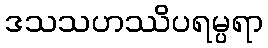
ဒသသဟဿိပရမ္ပရာ